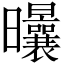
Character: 𣌝